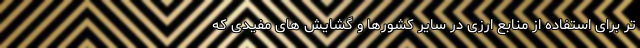
تر برای استفاده از منابع ارزی در سایر کشورها و گشایش های مفیدی که